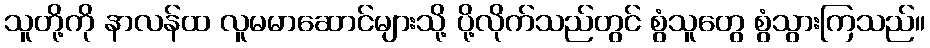
သူတို့ကို နာလန်ထ လူမမာဆောင်များသို့ ပို့လိုက်သည်တွင် စွံသူတွေ စွံသွားကြသည်။